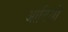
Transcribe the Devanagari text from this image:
आदियों